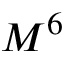
M ^ { 6 }